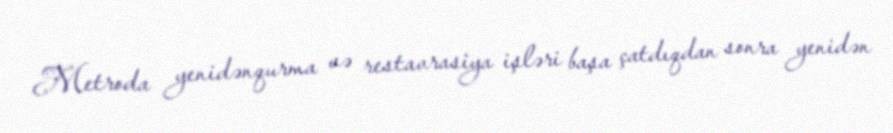
Metroda yenidənqurma və restavrasiya işləri başa çatdıqdan sonra yenidən